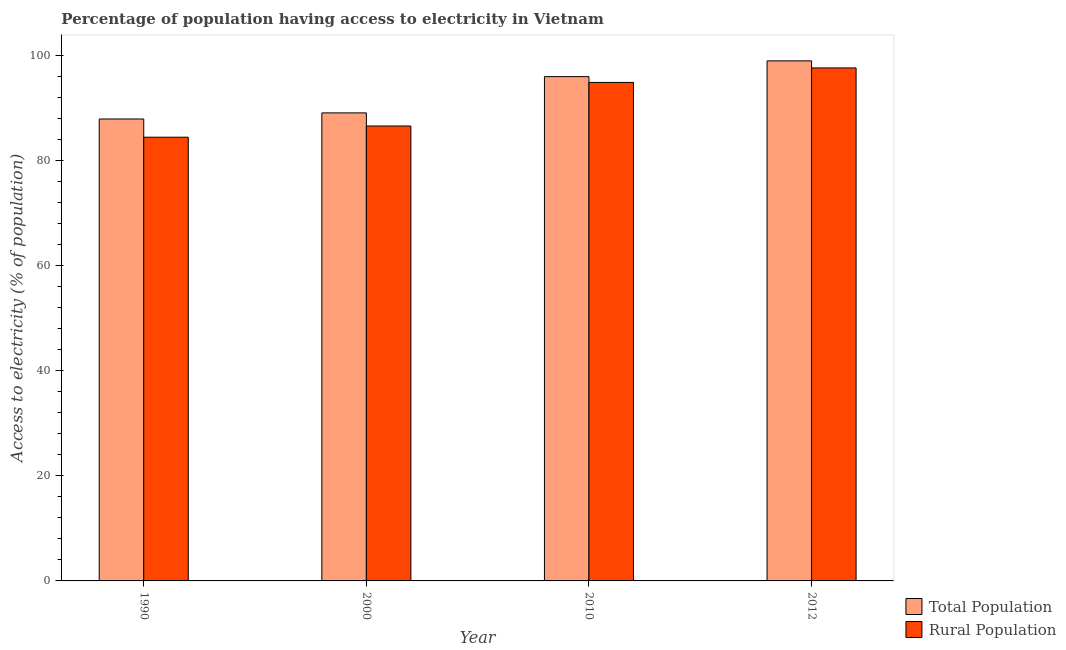
| Year | Total Population | Rural Population |
 | --- | --- | --- |
 | 1990 | 87.9 | 84.5 |
 | 2000 | 89.1 | 86.6 |
 | 2010 | 96 | 94.9 |
 | 2012 | 99 | 97.7 |